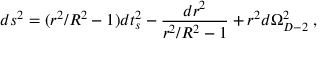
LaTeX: d s ^ { 2 } = ( r ^ { 2 } / R ^ { 2 } - 1 ) d t _ { s } ^ { 2 } - { \frac { d r ^ { 2 } } { r ^ { 2 } / R ^ { 2 } - 1 } } + r ^ { 2 } d \Omega _ { D - 2 } ^ { 2 } \; ,